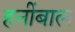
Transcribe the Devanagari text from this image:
हनींबाल